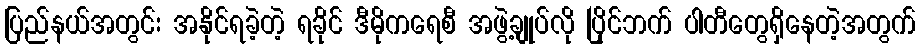
ပြည်နယ်အတွင်း အနိုင်ရခဲ့တဲ့ ရခိုင် ဒီမိုကရေစီ အဖွဲ့ချုပ်လို ပြိုင်ဘက် ပါတီတွေရှိနေတဲ့အတွက်